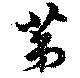
第